NAE_ERA_R-30_Eesti_Riiklik_Spordiamet, lk 173
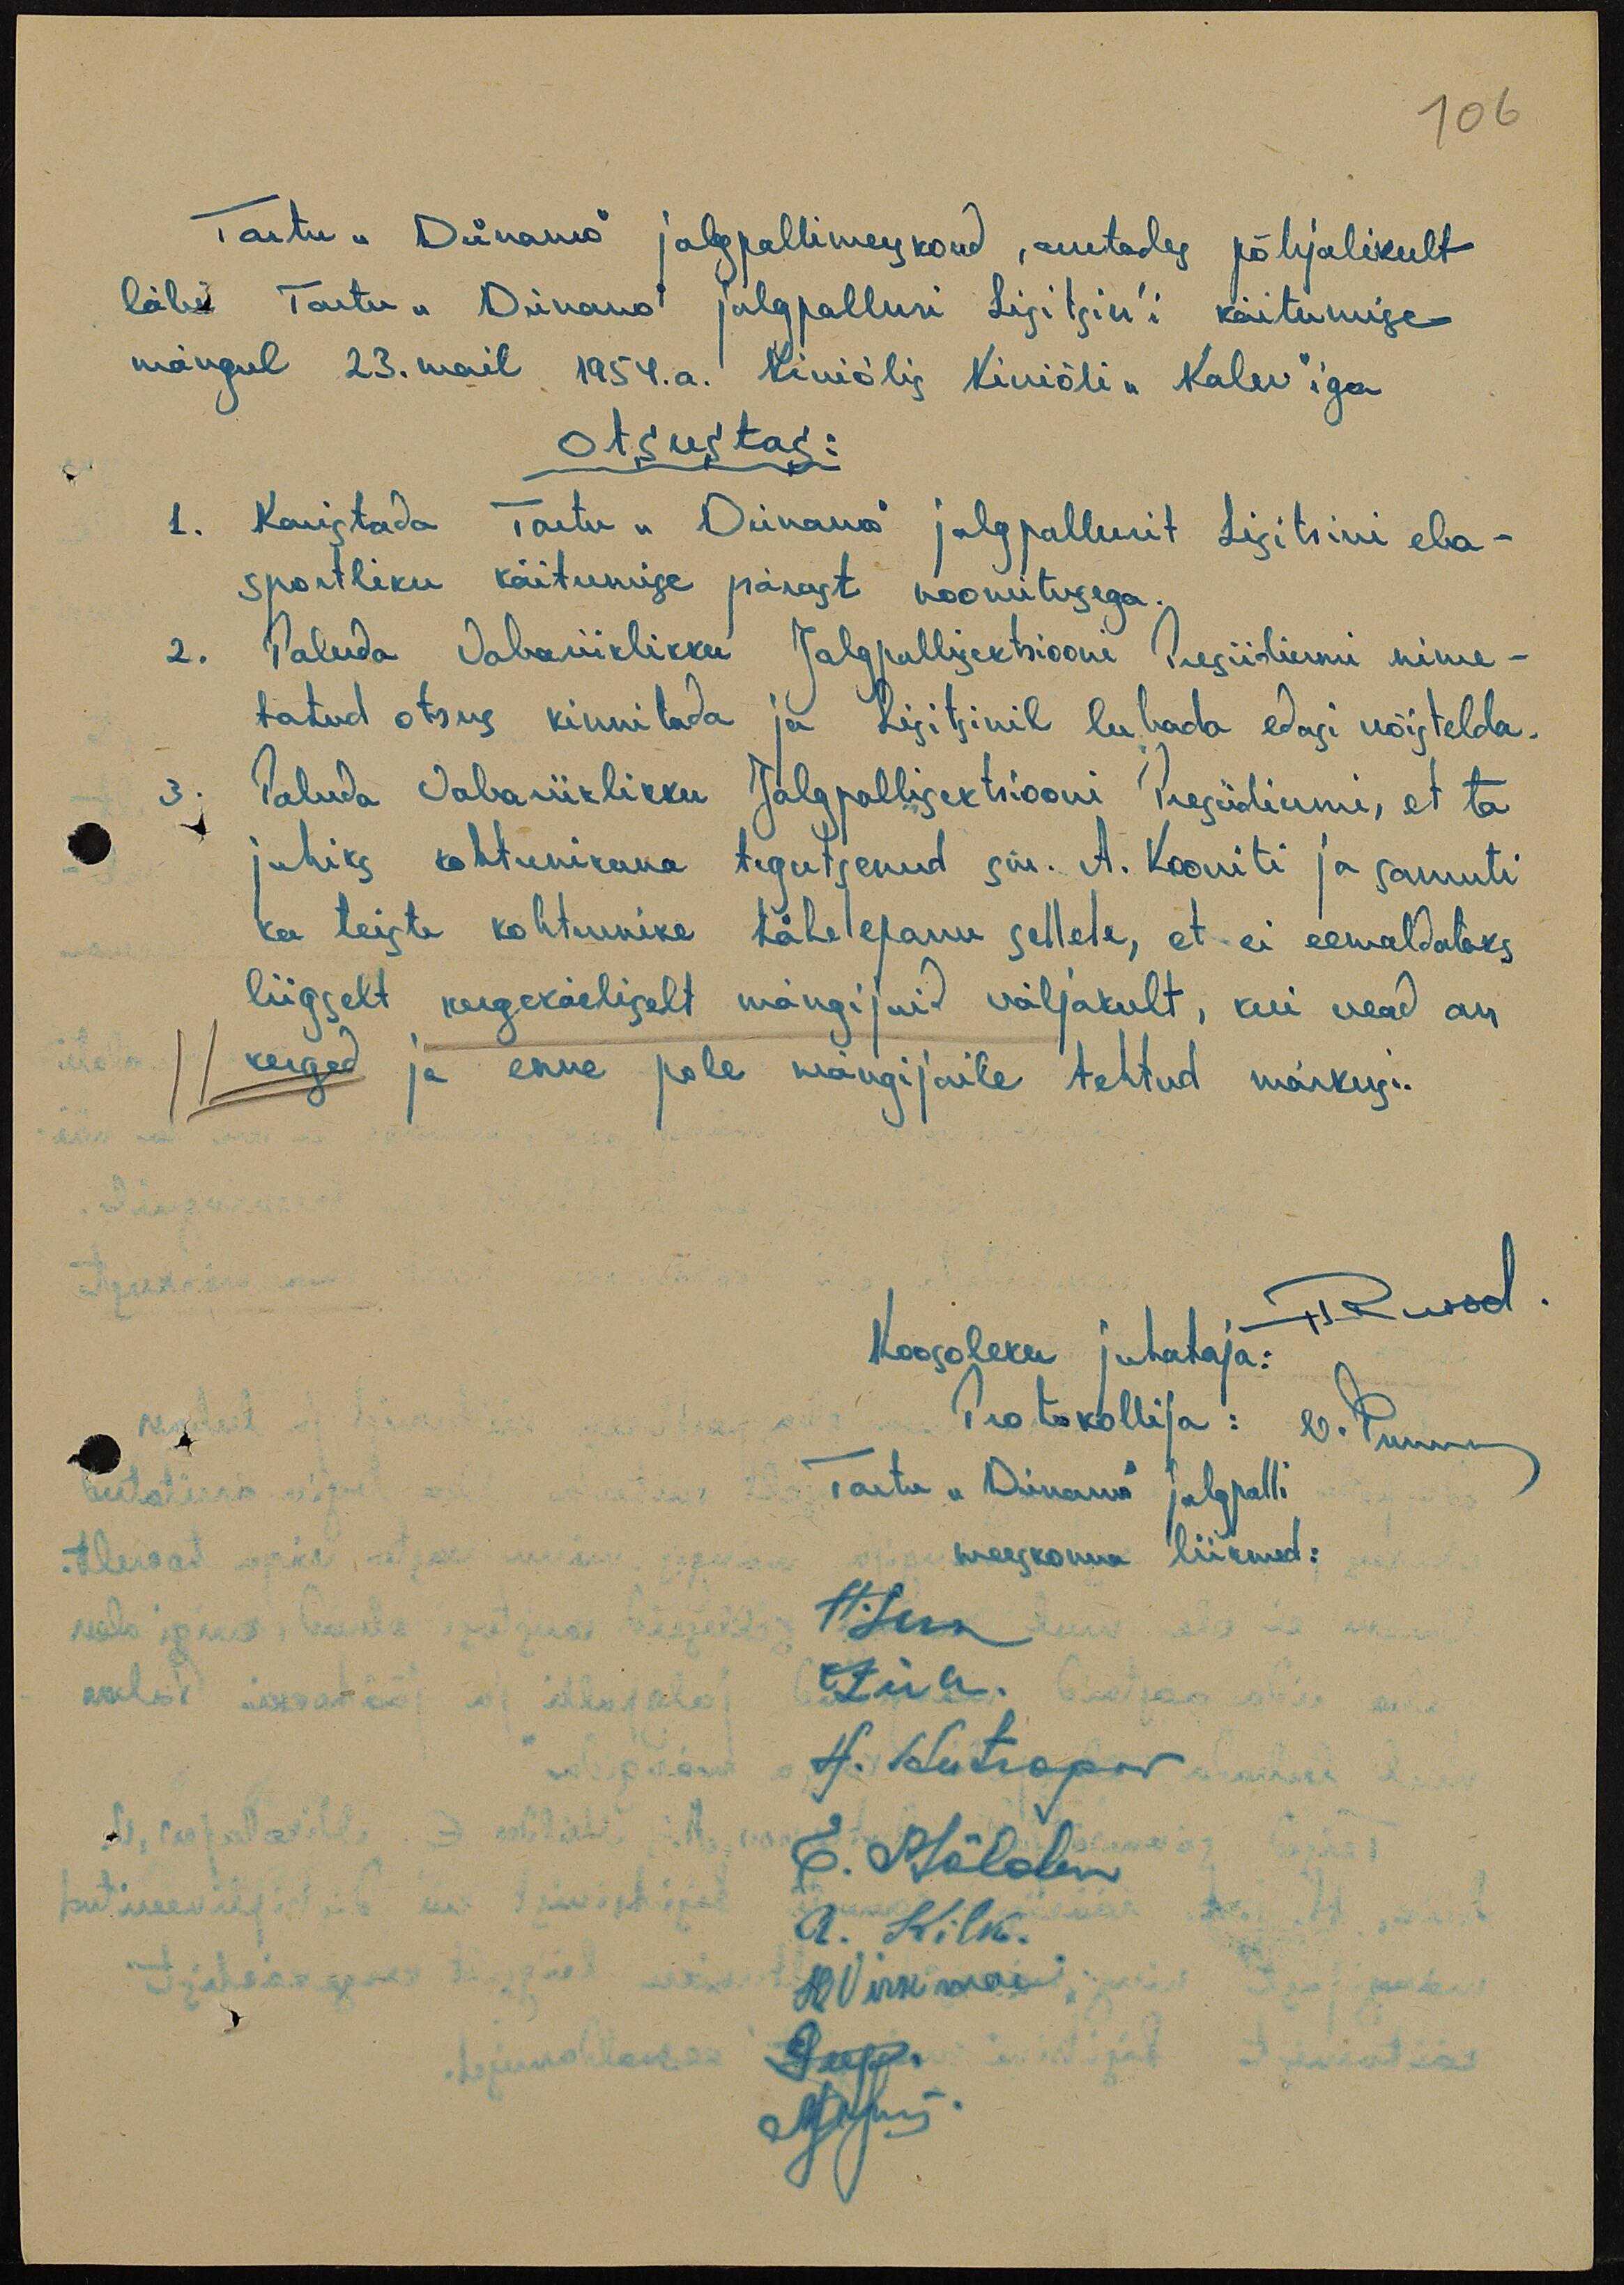
106

Tartu "Dünamo" jalgpallimeeskond, arutades põhjalikult
läbi Tartu "Dünamo" jalgpalluri Lisitsin'i käitumise
mängul 23. mail 1954.a. Kiviõlis Kiviõli "Kalev"iga
otsustas:
1. Karistada Tartu "Dünamo" jalgpallurit Lisitsini eba-
sportliku käitumise pärast noomitusega.
2. Paluda Vabariiklikku Jalgpallisektsiooni Presiidiumi nime-
tatud otsus kinnitada ja Lisitsinil lubada edasi võistelda.
3. Paluda Vabariiklikku Jalgpalllisektsiooni Presiidiumi, et ta
juhiks kohtunikuna tegutsenud sm. A. Kooviti ja samuti
ka teiste kohtunike tähelepanu sellele, et ei eemaldataks
liigselt kergekäeliselt mängijaid väljakult, kui vead on
kerged ja enne pole mängijaile tehtud märkusi.
HRussak
Koosoleku juhataja:
Protokollija:
Tartu "Dünamo" jalgpalli
meeskonna liikmed:
H.Luik
OZiehr.
A. Antropov
E. Mölder
A. Kilk.